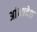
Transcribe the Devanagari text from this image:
अांध्रप्रदेश